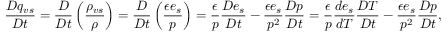
\frac { D q _ { v s } } { D t } = \frac { D } { D t } \left( \frac { \rho _ { v s } } { \rho } \right) = \frac { D } { D t } \left( \frac { \epsilon e _ { s } } { p } \right) = \frac { \epsilon } { p } \frac { D e _ { s } } { D t } - \frac { \epsilon e _ { s } } { p ^ { 2 } } \frac { D p } { D t } = \frac { \epsilon } { p } \frac { d e _ { s } } { d T } \frac { D T } { D t } - \frac { \epsilon e _ { s } } { p ^ { 2 } } \frac { D p } { D t } ,